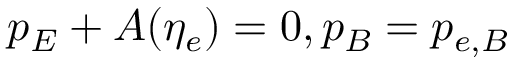
p _ { E } + A ( \eta _ { e } ) = 0 , p _ { B } = p _ { e , B }